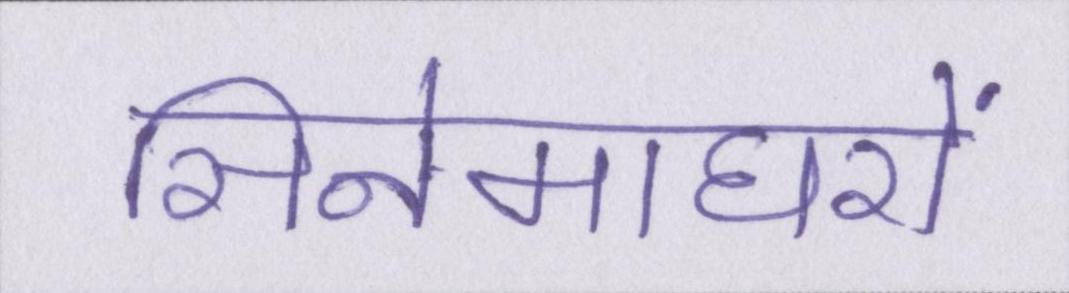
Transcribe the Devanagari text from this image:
सिनेमाघरों